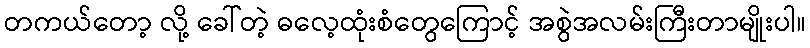
တကယ်တော့ လို့ ခေါ်တဲ့ ဓလေ့ထုံးစံတွေကြောင့် အစွဲအလမ်းကြီးတာမျိုးပါ။